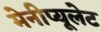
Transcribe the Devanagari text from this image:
मेनीप्यूलेट